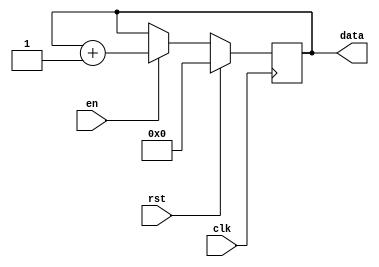
`timescale 1ns / 1ps
//////////////////////////////////////////////////////////////////////////////////
// Company: 
// Engineer: 
// 
// Design Name: 
// Module Name: counter
// Project Name: 
// Target Devices: 
// Tool Versions: 
// Description: 
// 
// Dependencies: 
// 
// Revision:
// Revision 0.01 - File Created
// Additional Comments:
// 
//////////////////////////////////////////////////////////////////////////////////


module counter(output reg [5:0] data,
               input clk,rst,en);

   always @(posedge clk) begin
   if(rst) data<=0;
   else if(en)
          data<=data+1;
        else
          data<=data;
   end
   
   endmodule